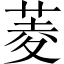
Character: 菱